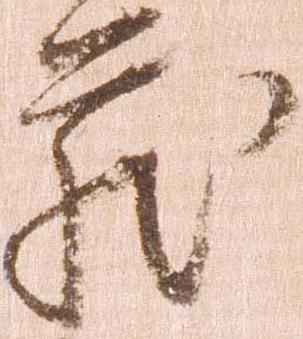
蔵